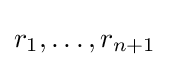
r_{1},\ldots ,r_{n+1}